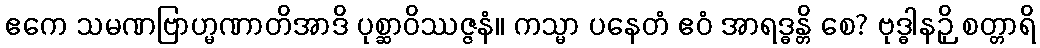
ဧကေ သမဏဗြာဟ္မဏာတိအာဒိ ပုစ္ဆာဝိဿဇ္ဇနံ။ ကသ္မာ ပနေတံ ဧဝံ အာရဒ္ဓန္တိ စေ? ဗုဒ္ဓါနဉှိ စတ္တာရိ